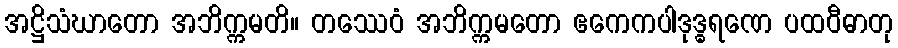
အဋ္ဌိသံဃာတော အဘိက္ကမတိ။ တဿေဝံ အဘိက္ကမတော ဧကေကပါဒုဒ္ဓရဏေ ပထဝီဓာတု